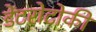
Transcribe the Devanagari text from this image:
डेंटरोटोकी